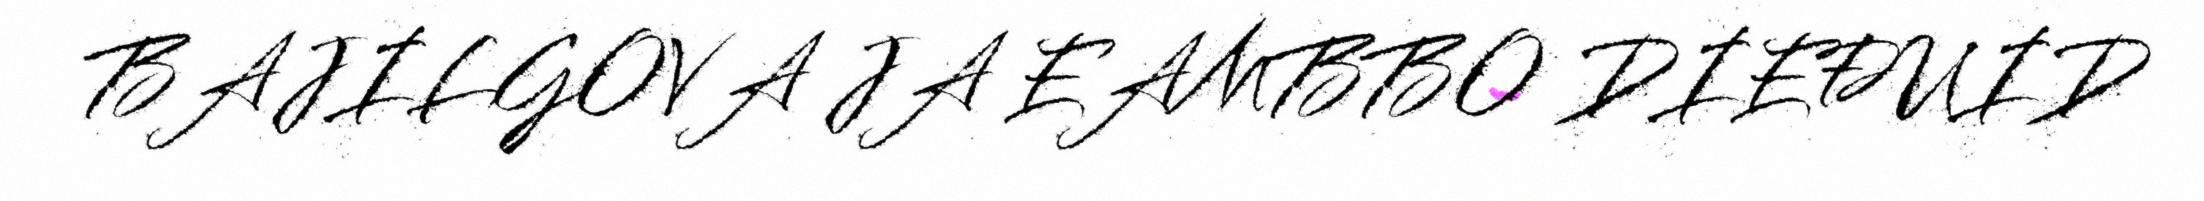
BAJILGOVA JA EAMBBO DIEĐUID